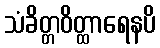
သံခိတ္တဝိတ္ထာရေနပိ